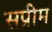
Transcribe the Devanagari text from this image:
सप्रीम